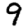
Digit: 9